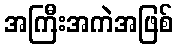
အကြီးအကဲအဖြစ်